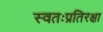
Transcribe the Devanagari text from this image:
स्वतःप्रतिरक्षा